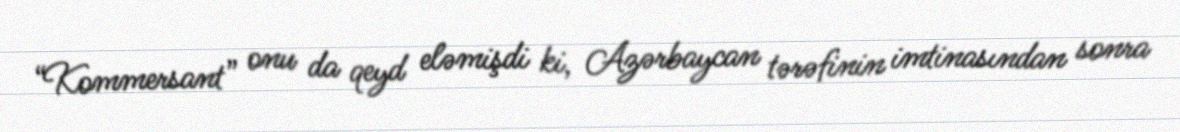
“Kommersant” onu da qeyd eləmişdi ki, Azərbaycan tərəfinin imtinasından sonra